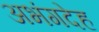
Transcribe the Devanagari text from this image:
अभंगदेह